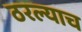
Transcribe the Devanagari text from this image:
ठरल्याच